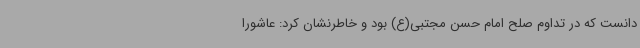
دانست که در تداوم صلح امام حسن مجتبی(ع) بود و خاطرنشان کرد: عاشورا